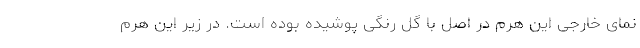
نمای خارجی این هرم در اصل با گل رنگی پوشیده بوده است. در زیر این هرم